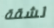
لشقة